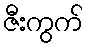
ဇီးကွက်